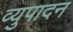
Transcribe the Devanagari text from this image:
व्युपादन